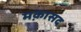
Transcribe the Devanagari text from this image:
मक़ासद